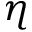
\eta